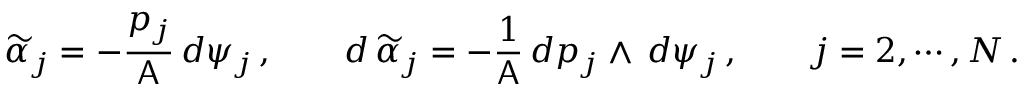
\widetilde { \alpha } _ { j } = - \frac { p _ { j } } { \mathsf { A } } \, d \psi _ { j } \, , \qquad d \, \widetilde { \alpha } _ { j } = - \frac { 1 } { \mathsf { A } } \, d p _ { j } \wedge \, d \psi _ { j } \, , \qquad j = 2 , \cdots , N \, .